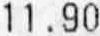
11.90